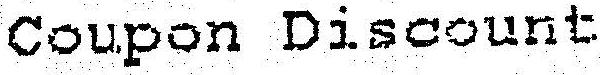
COUPON DISCOUNT